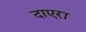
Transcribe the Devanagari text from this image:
दाएरा